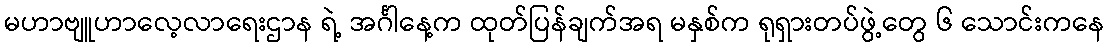
မဟာဗျူဟာလေ့လာရေးဌာန ရဲ့ အင်္ဂါနေ့က ထုတ်ပြန်ချက်အရ မနှစ်က ရုရှားတပ်ဖွဲ့တွေ ၆ သောင်းကနေ